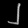
Digit: ၂